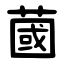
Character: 蔮